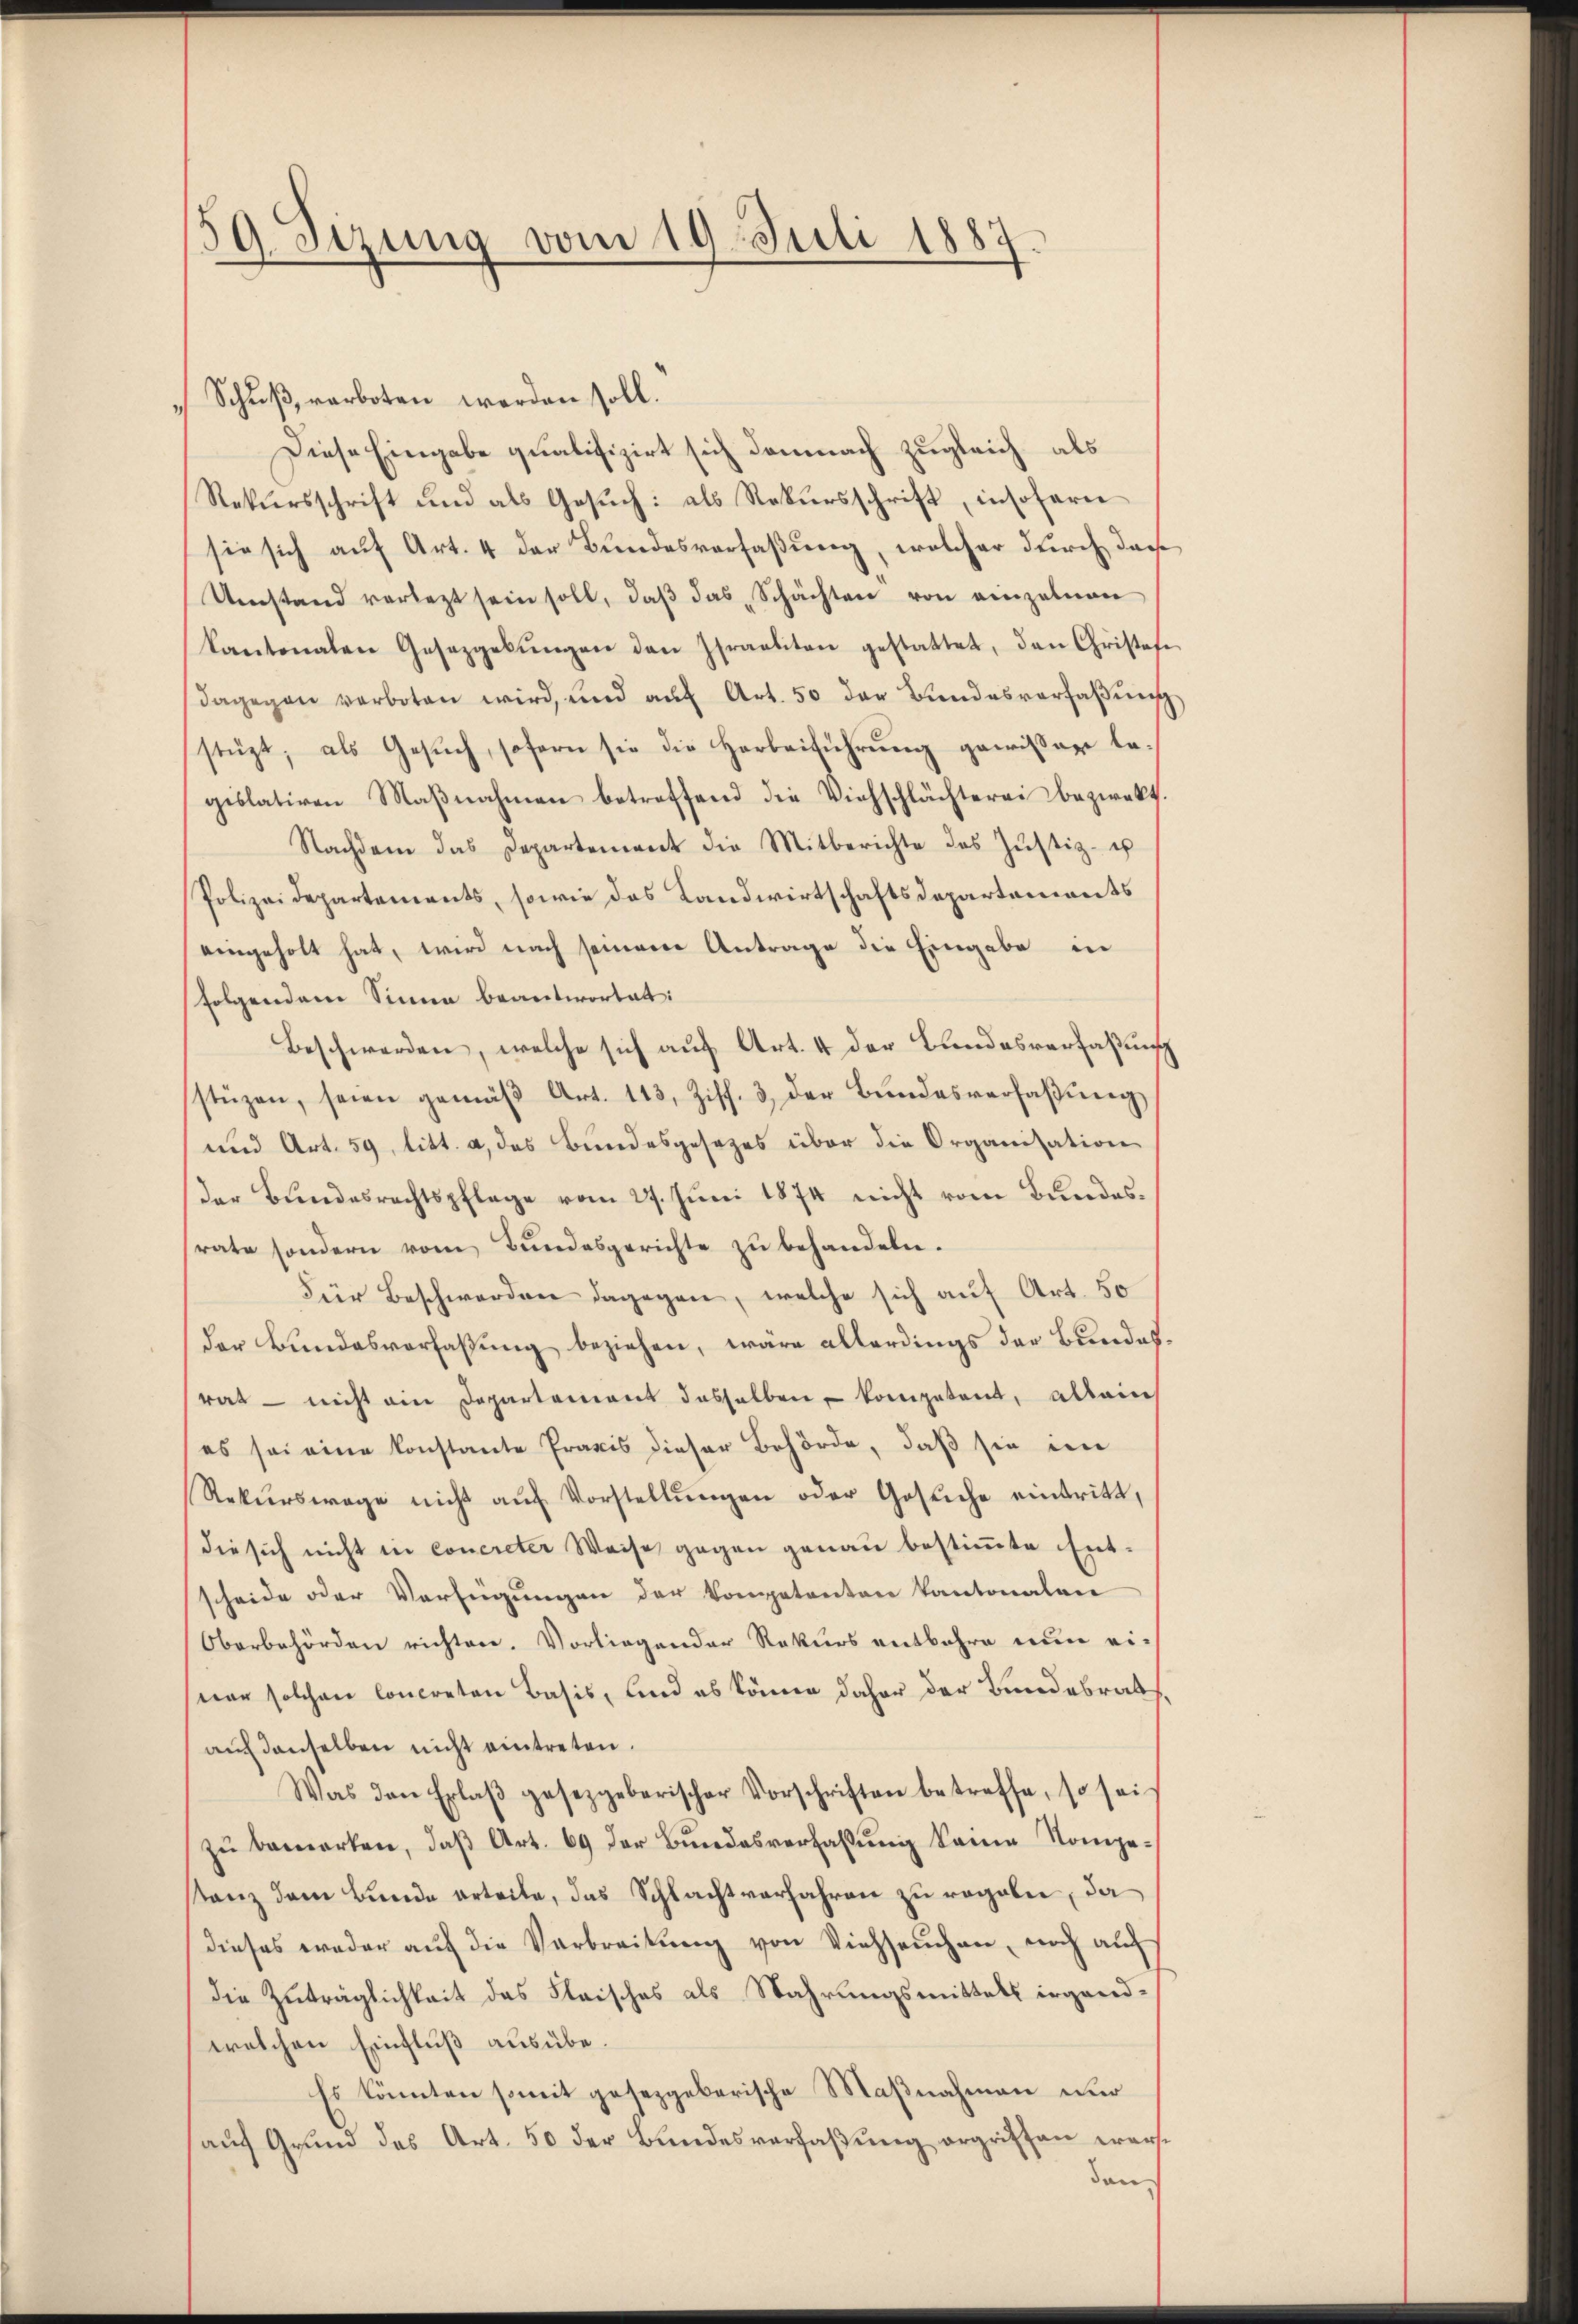
59. Sizung vom 19. Juli 1887.

Schuß, verboten worden soll.
Diese Eingabe qualifizirt sich demnach zugleich als
Rekŭrsschrift und als Gesŭch: als Rekŭrsschrift, insoferen
sie sich auf Art. 4 der Bundesverfaßung, welcher durch dass
Umstand verletzt sein soll, daβ das Schachten von einzelnen
kantonalen Gesetzgebŭngen den Israeliten gestattet, den Christafe
dagegen verboten wird, und auf Art. 50 der Bundesverfaßung
stüzt, als Gesŭch, sofern sie die Herbeiführŭng gewissere la-
gislativen Maβnahmen betreffend die Viehschlächterei bezweckt.
Nachdem das Departement die Mitberichte des Justiz- u
Polizeidepartements, sowie das Landwirtschaftsdepartemonts
eingeholt hat, wird nach seinem Antrage die Eingabe in
folgendem Sinne beantwortet:
Beschwerden, welche sich auf Art. 4 der Bundesverfaßungs
stüzen, seien gemäβ Art. 113, Ziff. 3 der Bŭndesverfaβŭng
und Art. 59, litt. a, das Bundesgesezes über die Organisation
Der Bundesrechtspflege vom 27. Juni 1874 nicht vom Bundesrate sondern vom Bundesgerichte zu behandeln.
Für Beschwerden dagegen, welche sich auf Art. 50
der Bundesverfaßung beziehen, wäre allerdings der Bundesrat nicht ein Departement dasselben kompetent, allein
es sei eine konstante Praxis dieser Behörde, daß sie im
Rekŭrswage nicht aŭf Vorstellŭngen oder Gesŭche eintritt,
die sich nicht in concreter Weise gegen genau bestimmte Entscheide oder Verfügungen der Kompetenten kantonalen
Oberbehörden richten. Vorliegender Rekurs entbehre nun einer solchen Concreton Basis, und es könne daher der Bundesrat
auf denselben nicht eintreten.
Was den Erlaβ gesezgeberischer Vorschriften betreffe, so sei
zu bemerken, daß Art. 69 der Bundesverfassung keine Kompetanz dem Bunde erteile, das Schlacht verfahren zu regeln, da
dieses weder auf die Verbreitung von Viehseuchen, noch auf
die Zuträglichkeit des Fleisches als Wahrungsmittals irgendwelchen Einfluß ausübe.
Es könnten somit gesetzgeberische Maßnahmen nur
auf Grund des Art. 50 der Bundesverfaßung ergriffen werden